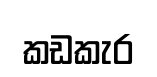
කඩකැර